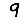
Digit: 9